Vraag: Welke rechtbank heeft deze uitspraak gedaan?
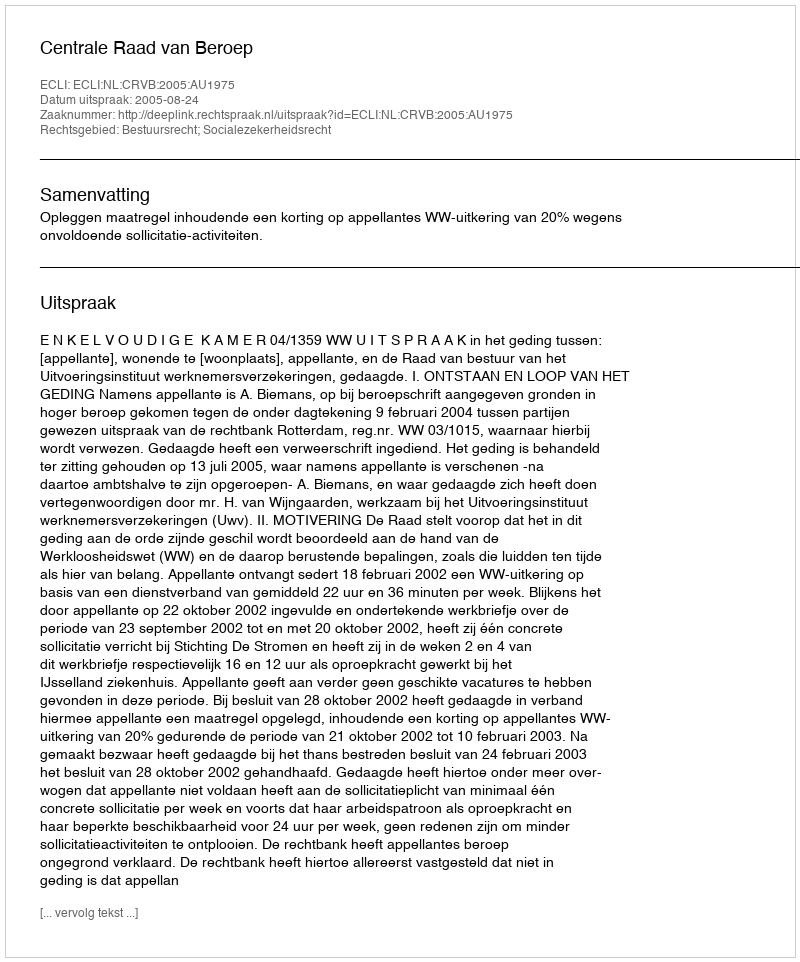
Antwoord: Centrale Raad van Beroep